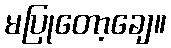
မပြုတော့ချေ။